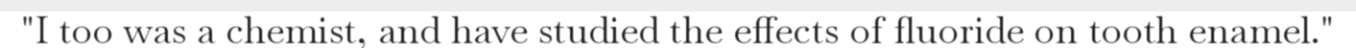
"I too was a chemist, and have studied the effects of fluoride on tooth enamel."